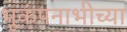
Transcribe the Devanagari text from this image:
भूकंपनाभीच्या